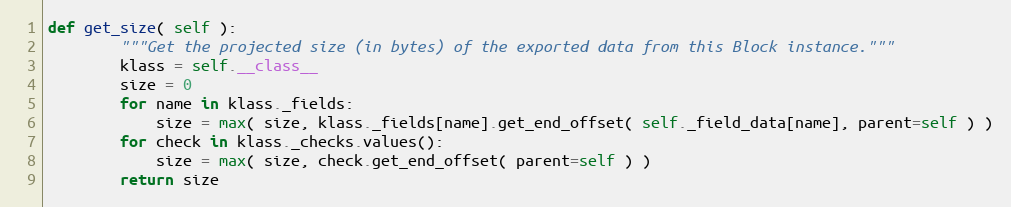
Language: Python
def get_size( self ):
        """Get the projected size (in bytes) of the exported data from this Block instance."""
        klass = self.__class__
        size = 0
        for name in klass._fields:
            size = max( size, klass._fields[name].get_end_offset( self._field_data[name], parent=self ) )
        for check in klass._checks.values():
            size = max( size, check.get_end_offset( parent=self ) )
        return size